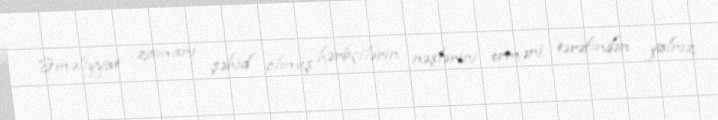
̈Əməliyyat zamanı şəhid olmuş hərbçilərin nəşlərini erməni tərəfindən yalnız